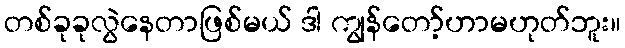
တစ်ခုခုလွဲနေတာဖြစ်မယ် ဒါ ကျွန်တော့်ဟာမဟုတ်ဘူး။